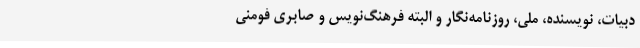
دبیات، نویسنده، ملی، روزنامه‌نگار و البته فرهنگ‌نویس و صابری فومنی